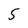
Character: 5